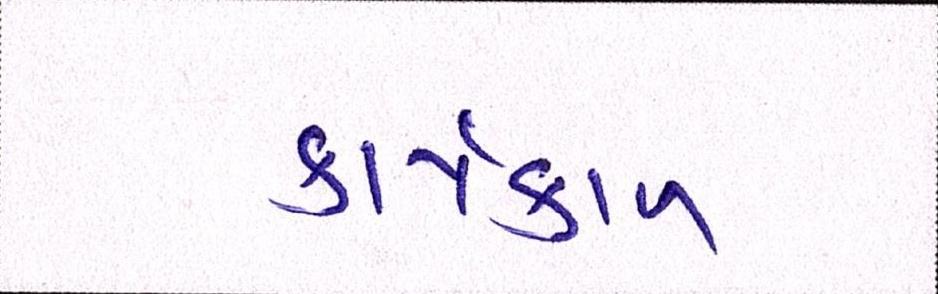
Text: કાર્યકાળ